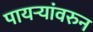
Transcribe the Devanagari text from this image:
पायऱ्यांवरुन